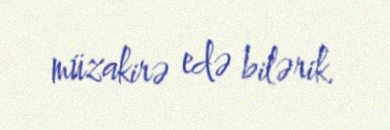
müzakirə edə bilərik.